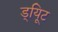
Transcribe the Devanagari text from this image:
ड्यिूट